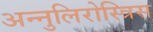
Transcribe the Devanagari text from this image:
अन्नुलिरोस्त्रिस